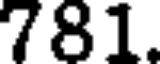
781.